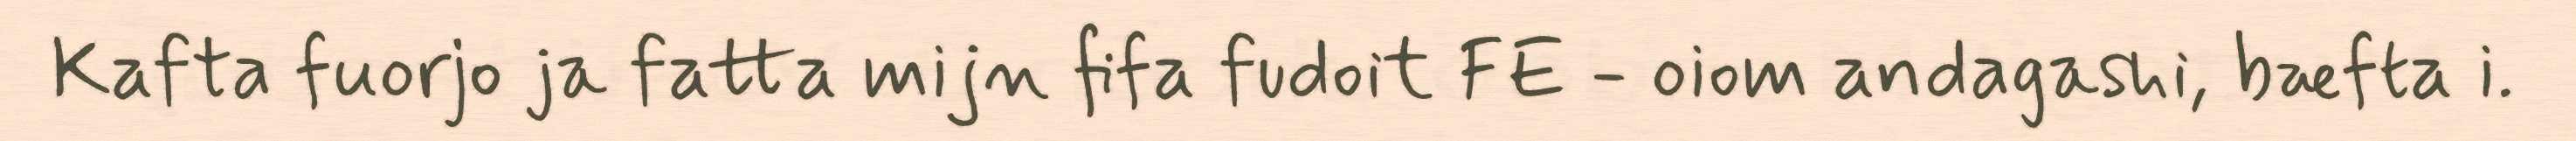
Kafta fuorjo ja fatta mijn fifa fudoit FE - oiom andagashi, bæfta i.